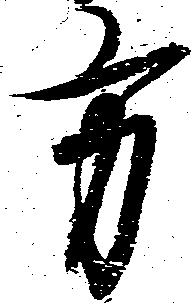
方